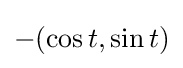
-(\cos t,\sin t)